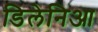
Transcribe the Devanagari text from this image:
डिलेनिआ